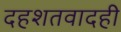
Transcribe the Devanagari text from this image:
दहशतवादही